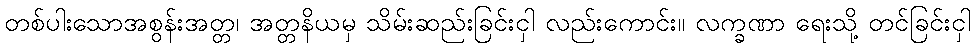
တစ်ပါးသောအစွန်းအတ္တ၊ အတ္တနိယမှ သိမ်းဆည်းခြင်းငှါ လည်းကောင်း။ လက္ခဏာ ရေးသို့ တင်ခြင်းငှါ